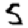
Digit: 5